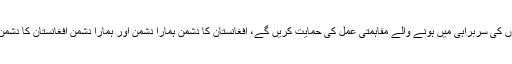
افغانوں کی سربراہی میں ہونے والے مفاہمتی عمل کی حمایت کریں گے، افغانستان کا دشمن ہمارا دشمن اور ہمارا دشمن افغانستان کا دشمن ہے۔